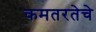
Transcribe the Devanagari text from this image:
कमतरतेचे